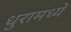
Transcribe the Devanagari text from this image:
धुरामध्ये